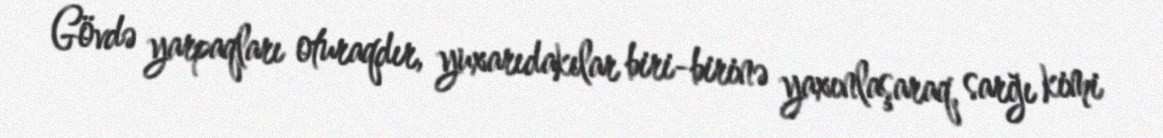
Gövdə yarpaqları oturaqdır, yuxarıdakılar biri-birinə yaxınlaşaraq, sarğı kimi